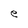
Character: e